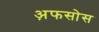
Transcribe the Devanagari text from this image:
अ़फसोस